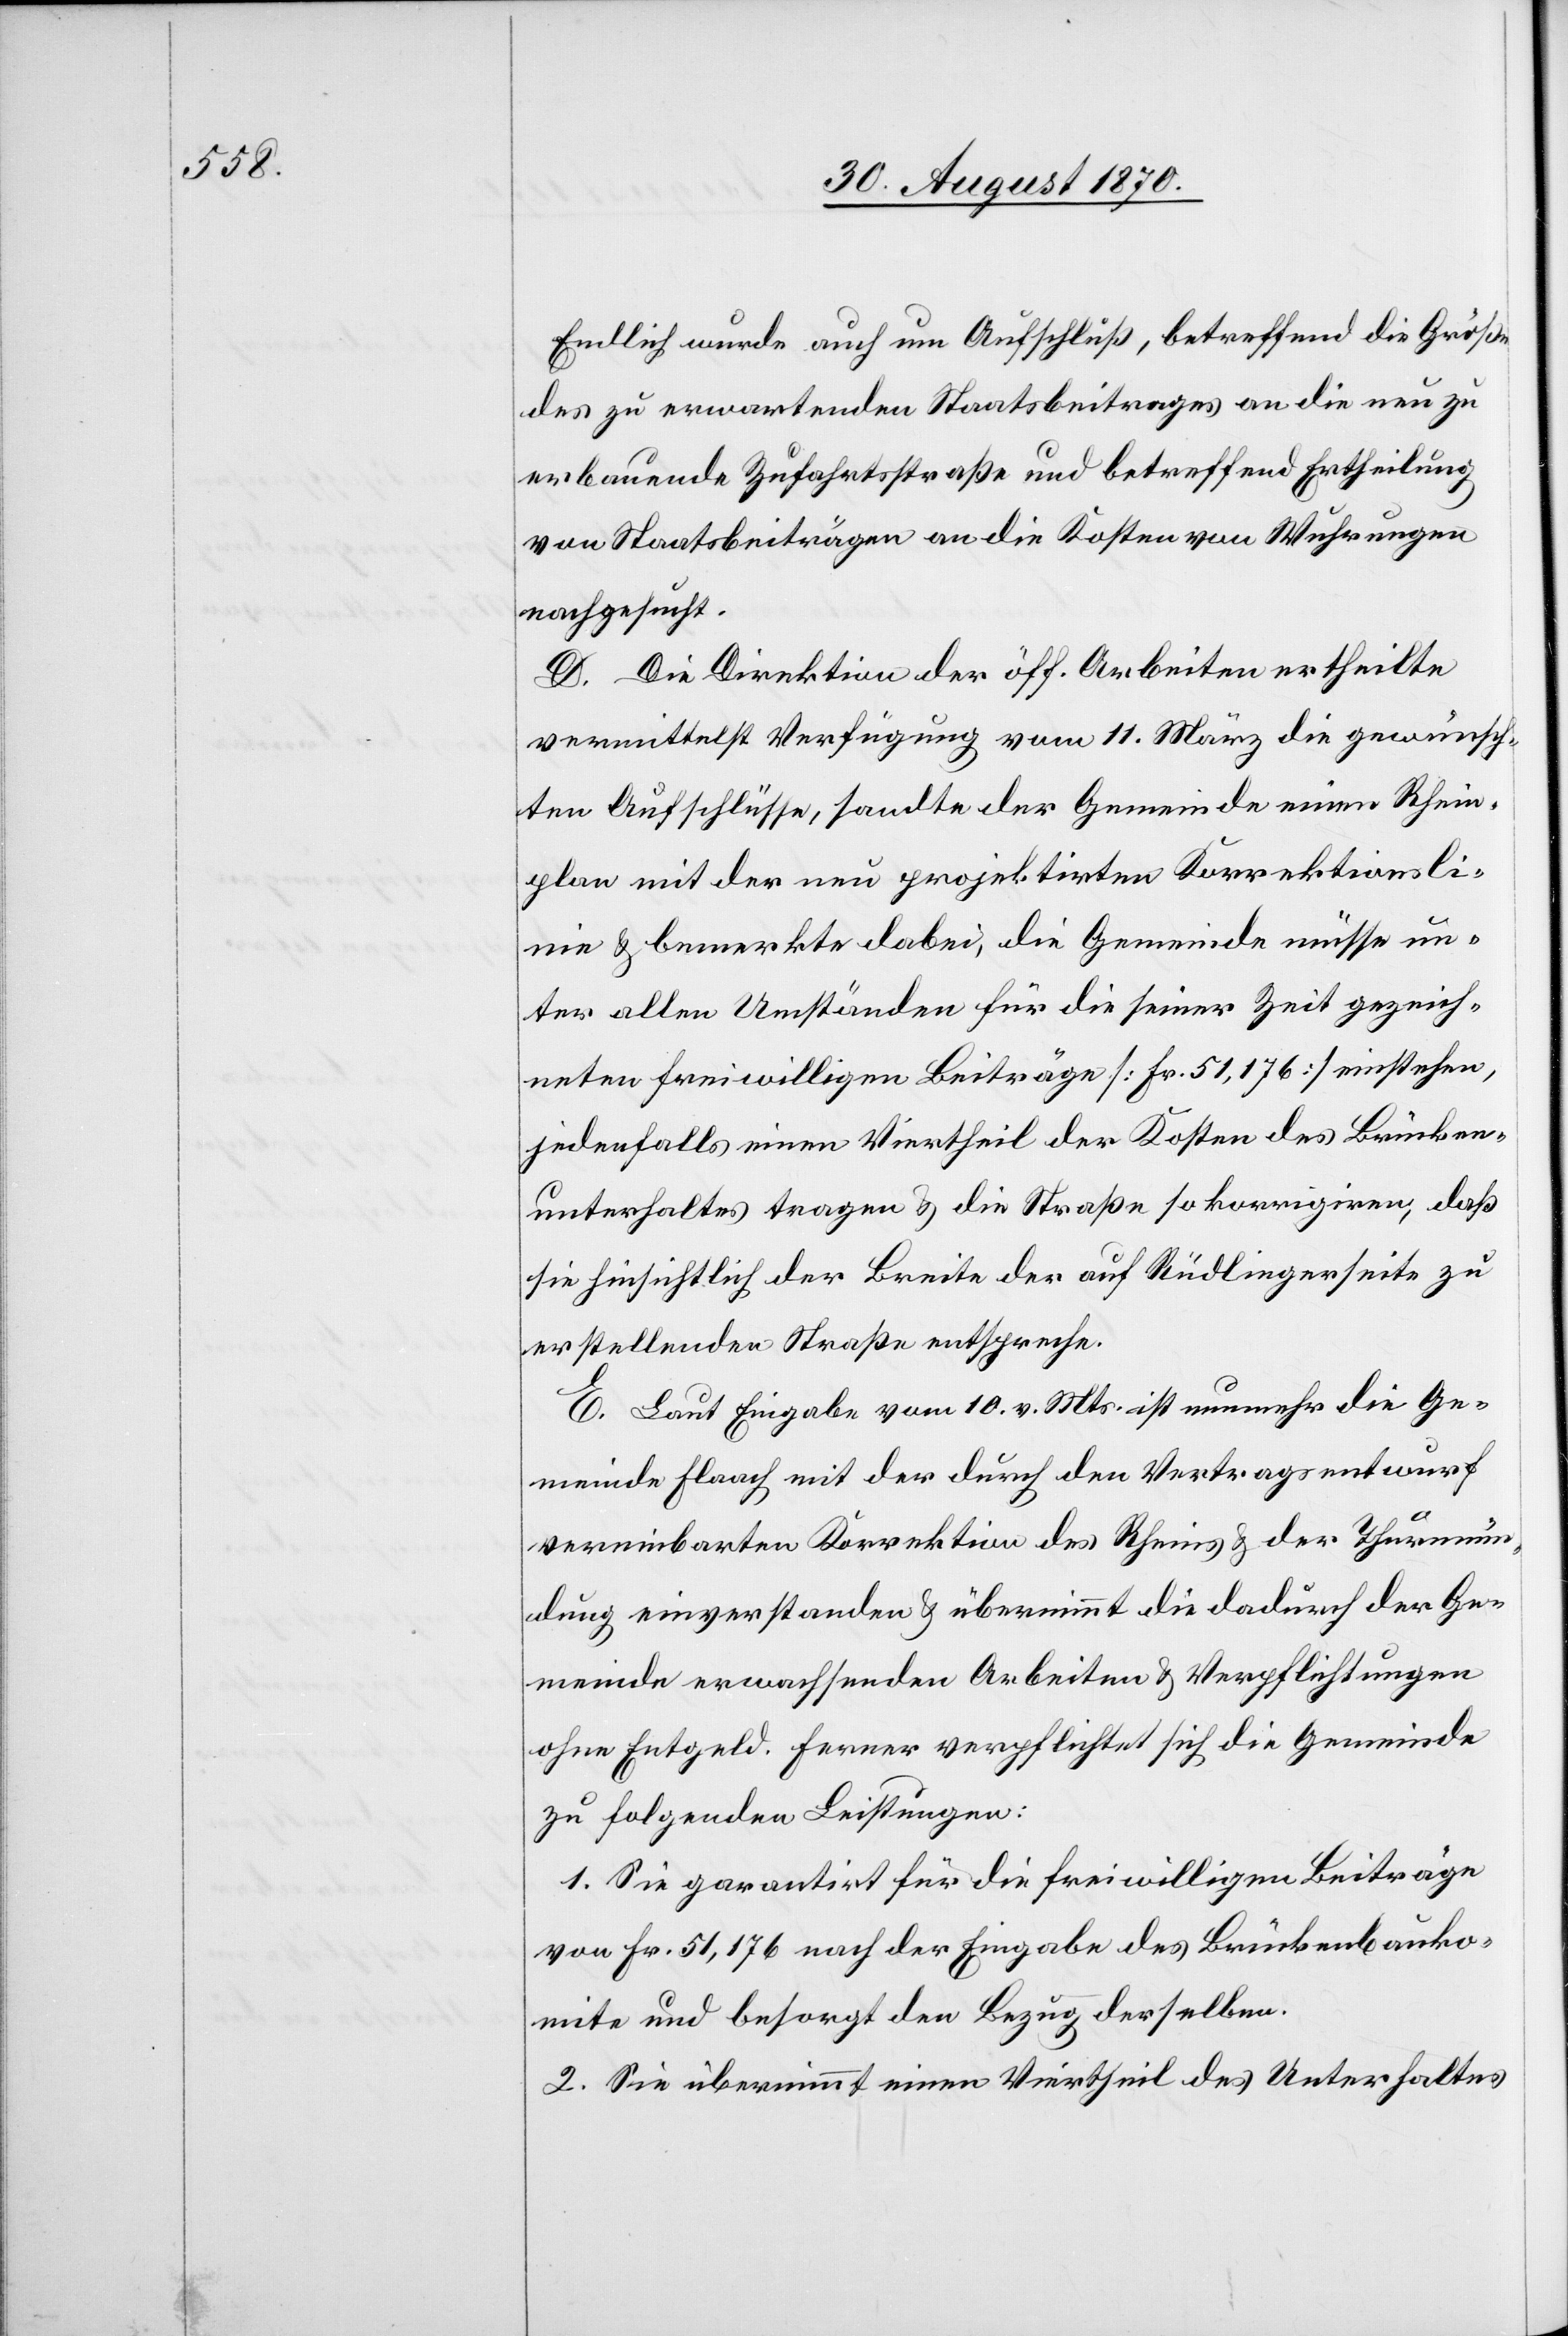
Endlich wurde auch um Aufschluß, betreffend die Größe
des zu erwartenden Staatsbeitrages an die neu zu
erbauende Zufahrtsstraße und betreffend Ertheilung
von Staatsbeiträgen an die Kosten von Wuhrungen
nachgesucht.
D. Die Direktion der öff. Arbeiten ertheilte
vermittelst Verfügung vom 11. März die gewünsch¬
ten Aufschlüsse, sandte der Gemeinde einen Rhein¬
plan mit der neu projektirten Korrektionsli¬
nie & bemerkte dabei, die Gemeinde müsse un¬
ter allen Umständen für die seiner Zeit gezeich¬
neten freiwilligen Beiträge [Fr. 51,176] einstehen,
jedenfalls einen Viertheil der Kosten des Brücken¬
unterhaltes tragen & die Straße so korrigiren, daß
sie hinsichtlich der Breite der auf Rüdlingerseite zu
erstellenden Straße entspreche.
E. Laut Eingabe vom 10. v. Mts. ist nunmehr die Ge¬
meinde Flaach mit der durch den Vertragsentwurf
vereinbarten Korrektion des Rheins & der Thurmün¬
dung einverstanden & übernimmt die dadurch der Ge¬
meinde erwachsenden Arbeiten & Verpflichtungen
ohne Entgeld [sic!]. Ferner verpflichtet sich die Gemeinde
zu folgenden Leistungen:
1. Sie garantirt für die freiwilligen Beiträge
von Fr. 51,176 nach der Eingabe des Brückenbauko¬
mite und besorgt den Bezug derselben.
2. Sie übernimmt einen Viertheil des Unterhaltes